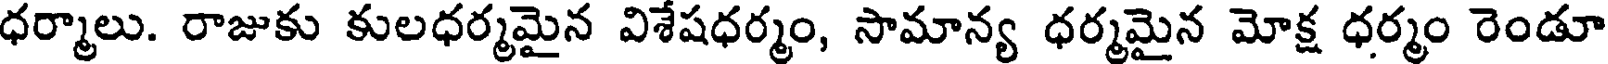
ధర్మాలు. రాజుకు కులధర్మమైన విశేషధర్మం, సామాన్య ధర్మమైన మోక్ష ధర్మం రెండూ